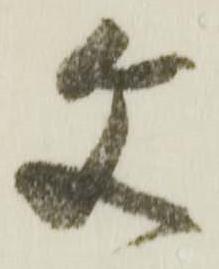
文